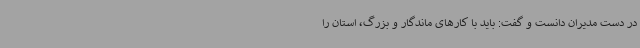
در دست مدیران دانست و گفت: باید با کارهای ماندگار و بزرگ، استان را